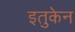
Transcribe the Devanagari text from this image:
इतुकेन